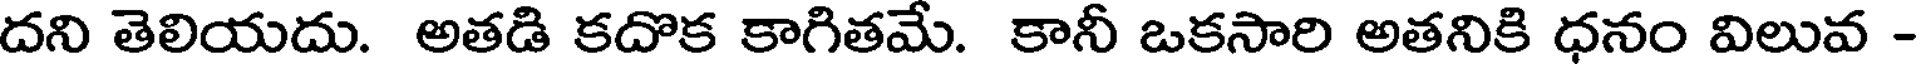
దని తెలియదు. అతడి కదొక కాగితమే. కానీ ఒకసారి అతనికి ధనం విలువ -